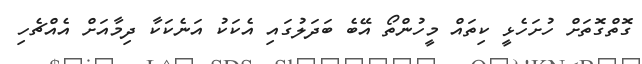
ގޮތްގޮތަށް ހުށަހެޅީ ކިތައް މީހުންތޯ އޭބެ ބަދަލުގައި އެކަކު އަނެކަކާ ދިމާއަށް އެއްޗެހި